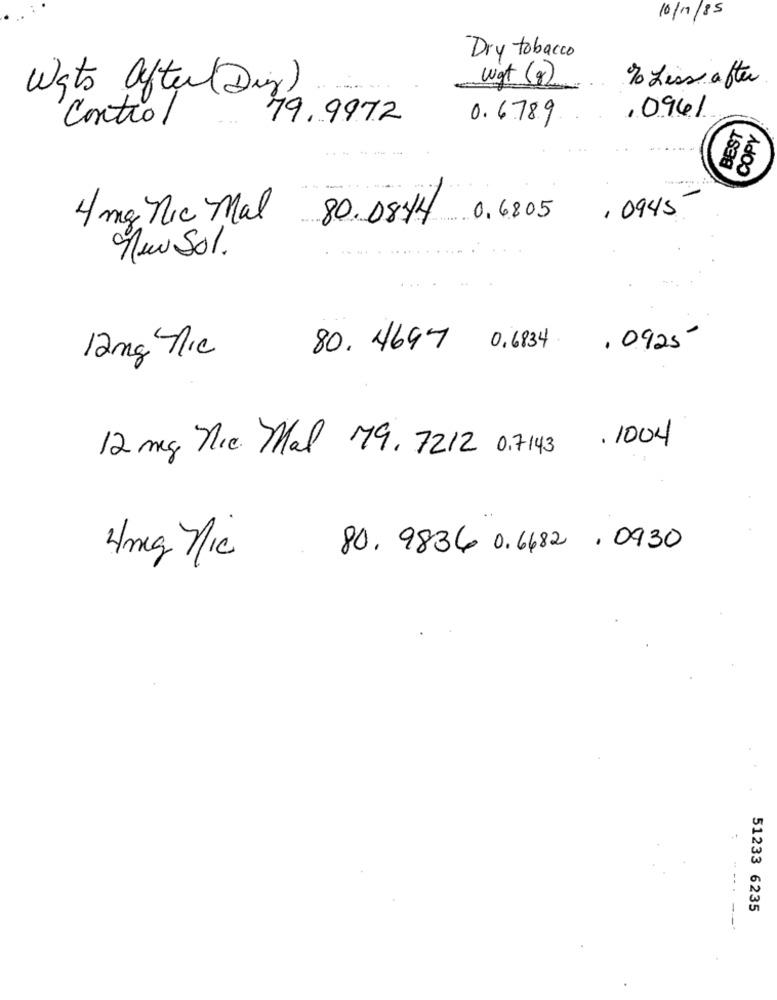
10/11/85
Dry tobacco
Wgt (8)
% Less after
Wats after( Dis)
Control
.9972
0.6789
,096/
BEST
COPY
, 0945
4 mg nic Mal
80.08.44
0.6805
new Sol.
. 0925
80. 4697 0.6834
12mg Mic
. 1004
12 mg Nie Mal 79, 7212 0,7143
4mg /c 80. 9836 0.6682 . 0930
51233 6235